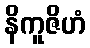
နိကူဇိဟံ